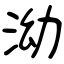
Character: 泑